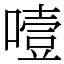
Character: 噎